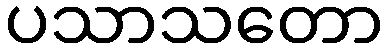
ပသာသတော